Annual statistical returns and brief notes on vaccination in Bengal - 1887-1898
Year: 1887
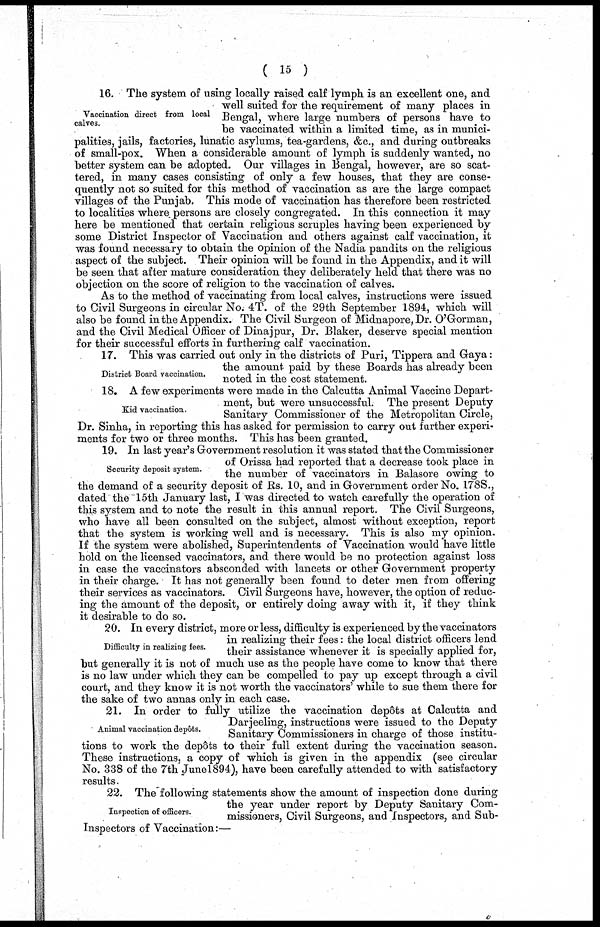
( 15 )
Vaccination direct from local
calves.
16. The system of using locally raised calf lymph is an excellent one, and
well suited for the requirement of many places in
Bengal, where large numbers of persons have to
be vaccinated within a limited time, as in munici-
palities, jails, factories, lunatic asylums, tea-gardens, &c., and during outbreaks
of small-pox. When a considerable amount of lymph is suddenly wanted, no
better system can be adopted. Our villages in Bengal, however, are so scat-
tered, in many cases consisting of only a few houses, that they are conse-
quently not so suited for this method of vaccination as are the large compact
villages of the Punjab. This mode of vaccination has therefore been restricted
to localities where persons are closely congregated. In this connection it may
here be mentioned that certain religious scruples having been experienced by
some District Inspector of Vaccination and others against calf vaccination, it
was found necessary to obtain the opinion of the Nadia pandits on the religious
aspect of the subject. Their opinion will be found in the Appendix, and it will
be seen that after mature consideration they deliberately held that there was no
objection on the score of religion to the vaccination of calves.
As to the method of vaccinating from local calves, instructions were issued
to Civil Surgeons in circular No. 4T. of the 29th September 1894, which will
also be found in the Appendix. The Civil Surgeon of Midnapore, Dr. O'Gorman,
and the Civil Medical Officer of Dinajpur, Dr. Blaker, deserve special mention
for their successful efforts in furthering calf vaccination.
District Board vaccination.
17. This was carried out only in the districts of Puri, Tippera and Gaya:
the amount paid by these Boards has already been
noted in the cost statement.
Kid vaccination.
18. A few experiments were made in the Calcutta Animal Vaccine Depart-
ment, but were unsuccessful. The present Deputy
Sanitary Commissioner of the Metropolitan Circle,
Dr. Sinha, in reporting this has asked for permission to carry out further experi-
ments for two or three months. This has been granted.
Security deposit system.
19. In last year's Government resolution it was stated that the Commissioner
of Orissa had reported that a decrease took place in
the number of vaccinators in Balasore owing to
the demand of a security deposit of Rs. 10, and in Government order No. 178S.,
dated the 15th January last, I was directed to watch carefully the operation of
this system and to note the result in this annual report. The Civil Surgeons,
who have all been consulted on the subject, almost without exception, report
that the system is working well and is necessary. This is also my opinion.
If the system were abolished, Superintendents of Vaccination would have little
hold on the licensed vaccinators, and there would be no protection against loss
in case the vaccinators absconded with lancets or other Government property
in their charge. It has not generally been found to deter men from offering
their services as vaccinators. Civil Surgeons have, however, the option of reduc-
ing the amount of the deposit, or entirely doing away with it, if they think
it desirable to do so.
Difficulty in realizing fees.
20. In every district, more or less, difficulty is experienced by the vaccinators
in realizing their fees: the local district officers lend
their assistance whenever it is specially applied for,
but generally it is not of much use as the people have come to know that there
is no law under which they can be compelled to pay up except through a civil
court, and they know it is not worth the vaccinators' while to sue them there for
the sake of two annas only in each case.
Animal vaccination depôts.
21. In order to fully utilize the vaccination depôts at Calcutta and
Darjeeling, instructions were issued to the Deputy
Sanitary Commissioners in charge of those institu-
tions to work the depôts to their full extent during the vaccination season.
These instructions, a copy of which is given in the appendix (see circular
No. 338 of the 7th June 1894), have been carefully attended to with satisfactory
results.
Inspection of officers.
22. The following statements show the amount of inspection done during
the year under report by Deputy Sanitary Com-
missioners, Civil Surgeons, and Inspectors, and Sub-
Inspectors of Vaccination:—